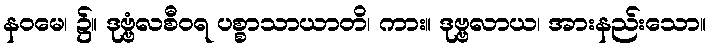
နဝမေ၊ ၌။ ဒုဗ္ဗံလစီဝရ ပစ္စာသာယာတိ၊ ကား။ ဒုဗ္ဗလာယ၊ အားနည်းသော။